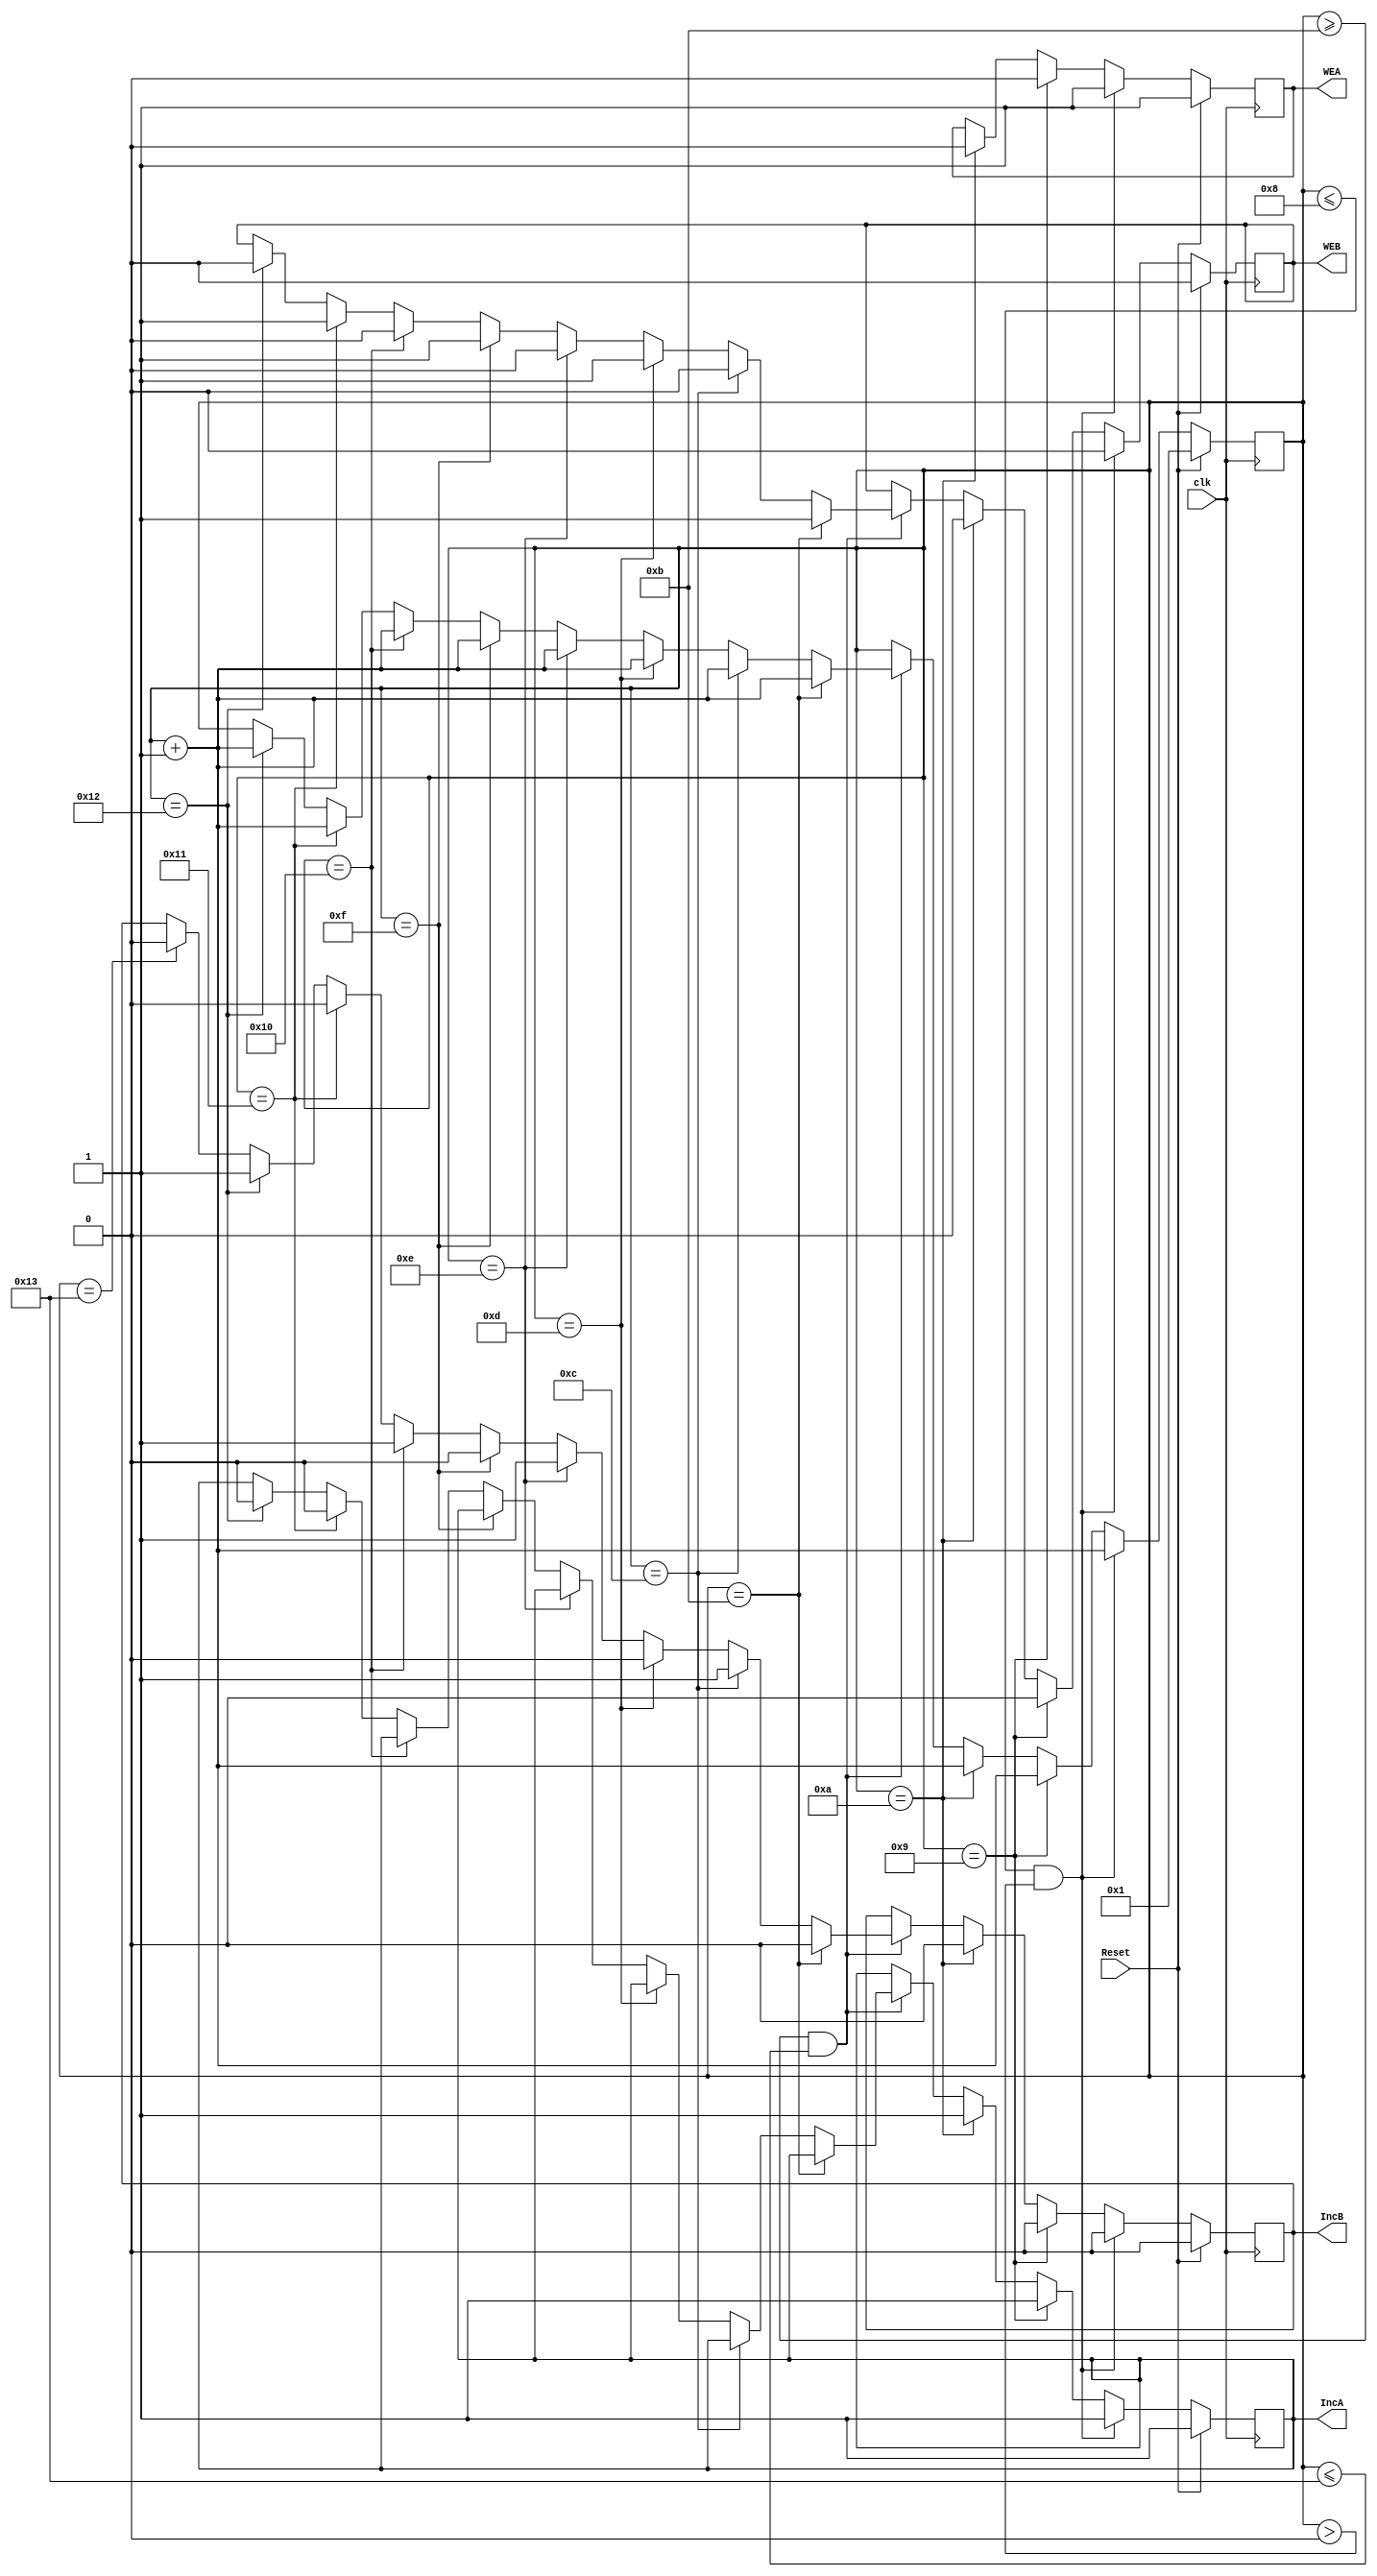
module Controller(clk,Reset,WEA,WEB,IncA,IncB);

input clk,Reset;
output WEA,WEB,IncA,IncB;
reg WEA,WEB,IncA,IncB;
reg [7:0] DataOut;
reg [6:0] count; 

always@(posedge clk)
begin 
  if(Reset)
   begin 
    count = 0;
    WEA = 1;
    IncA = 1;
    WEB = 0;
    IncB = 0;
    count = count + 1; 
   end 
  else
   begin
     /*if(count == 0)
      begin 
       WEA = 0;
       IncA = 0;
       WEB = 0;
       IncB = 0;
       count = count + 1;
      end */
     if(count <= 8 && count > 0)
      begin 
       WEA = 1;
       IncA = 1;
       WEB = 0;
       IncB = 0;
       count = count + 1;
      end 
     else if(count == 9) 
      begin 
       
       IncA = 1;       
       WEB = 0;
       IncB = 0;
       WEA = 0;
       count = count + 1; 
      end 
     else if(count == 10)
     begin
       WEA = 0;
       IncA = 1;
       WEB = 0;
       IncB = 0;
       count = count + 1; 
     end
     else if(count >= 11 && count <= 19)
      begin 
      if(count == 11)
        begin 
         WEB = 1;
         IncB = 0;
         count = count + 1;
        end 
      else if(count == 12)
        begin 
         WEB = 0;
         IncB = 1;
	 count = count + 1;
        end 
      else if(count == 13)
        begin 
         WEB = 1;
         IncB = 0;
         count = count + 1;
        end 
      else if(count == 14)
        begin  
         WEB = 0;
         IncB = 1;
         count = count + 1;
        end 
      else if(count == 15)
        begin 
         WEB = 1;
         IncB = 0;
         count = count + 1;
        end 
       else if(count == 16)
        begin 
         WEB = 0;
         IncB = 1;
         count = count + 1;
        end 
       else if(count == 17)
        begin 
         WEB = 1;
         IncB = 0;
         IncA = 0;
         count = count + 1;
        end 
       else if(count == 18)
        begin 
         WEB = 0;
         IncB = 1;
         IncA = 0;
         count = count + 1;
        end
       else if(count == 19)
	begin
         IncB = 0;
        end
      end 
       
     end 
  end 


endmodule